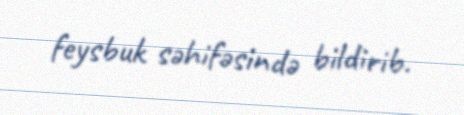
feysbuk səhifəsində bildirib.